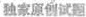
独家原创试题